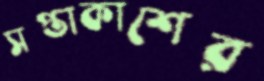
সপ্তাকাশের